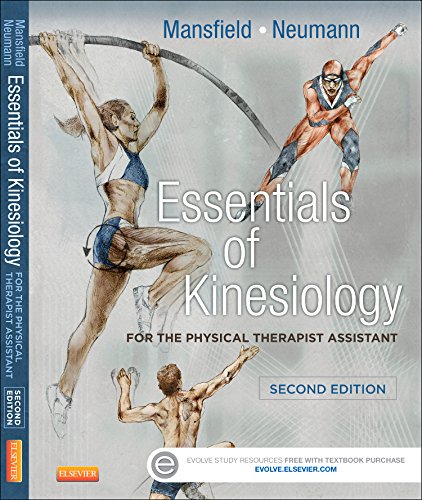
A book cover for Essentials of Kinesiology for the Physical Therapist Assistant, 2e; Paul Jackson Mansfield MPT; Medical Books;